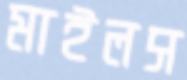
মাইলস